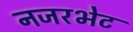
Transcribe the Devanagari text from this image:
नजरभेट